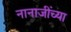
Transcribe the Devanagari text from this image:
नानाजींच्या